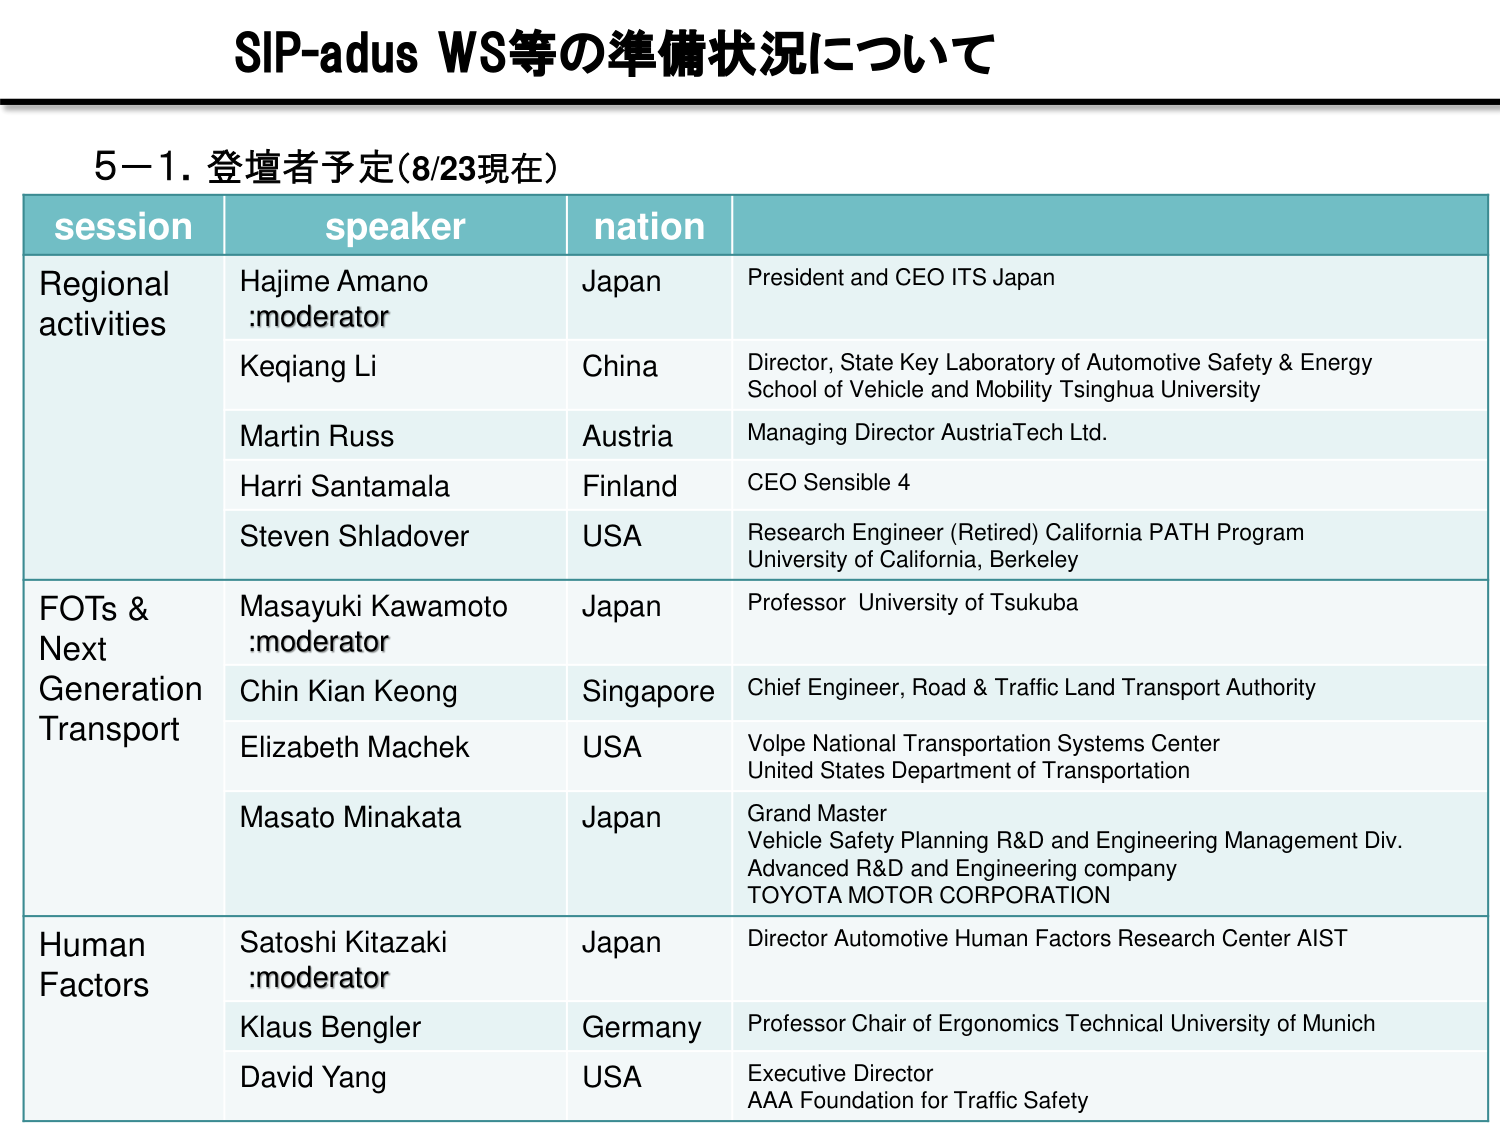
SIP-adus WS等の準備状況について

5-1. 登壇者予定（8/23現在）

session | speaker | nation |
--- | --- | --- |
Regional activities | Hajime Amano :moderator | Japan | President and CEO ITS Japan
 | Keqiang Li | China | Director, State Key Laboratory of Automotive Safety & Energy School of Vehicle and Mobility Tsinghua University
 | Martin Russ | Austria | Managing Director AustriaTech Ltd.
 | Harri Santamala | Finland | CEO Sensible 4
 | Steven Shladover | USA | Research Engineer (Retired) California PATH Program University of California, Berkeley
FOTs & Next Generation Transport | Masayuki Kawamoto :moderator | Japan | Professor University of Tsukuba
 | Chin Kian Keong | Singapore | Chief Engineer, Road & Traffic Land Transport Authority
 | Elizabeth Macheck | USA | Volpe National Transportation Systems Center United States Department of Transportation
 | Masato Minakata | Japan | Grand Master Vehicle Safety Planning R&D and Engineering Management Div. Advanced R&D and Engineering company TOYOTA MOTOR CORPORATION
Human Factors | Satoshi Kitazaki :moderator | Japan | Director Automotive Human Factors Research Center AIST
 | Klaus Bengler | Germany | Professor Chair of Ergonomics Technical University of Munich
 | David Yang | USA | Executive Director AAA Foundation for Traffic Safety